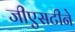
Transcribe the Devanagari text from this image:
जीएसटीने